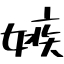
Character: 嫉